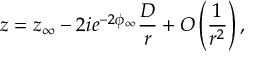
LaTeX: z = z _ { \infty } - 2 i e ^ { - 2 \phi _ { \infty } } \frac { { \cal D } } { r } + O \left( \frac { 1 } { r ^ { 2 } } \right) ,